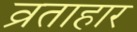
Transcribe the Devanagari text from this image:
व्रताहार